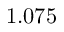
1 . 0 7 5